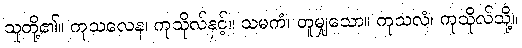
သူတို့၏။ ကုသလေန၊ ကုသိုလ်နှင့်။ သမကံ၊ တူမျှသော။ ကုသလံ၊ ကုသိုလ်သို့။